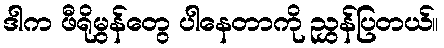
ဒါက ဖီရိုမွန်တွေ ပါနေတာကို ညွှန်ပြတယ်။